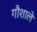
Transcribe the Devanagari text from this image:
गौशाले